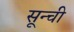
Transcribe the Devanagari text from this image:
सून्ची